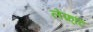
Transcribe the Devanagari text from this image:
लेफ़्टि